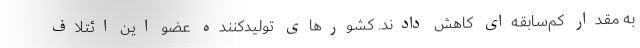
به مقدار کم‌سابقه‌ای کاهش دادند. کشورهای تولیدکننده عضو این ائتلاف